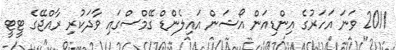
2011 ވަނަ އަހަރުގެ އިންޑިއަން އޯޝަން އައިލެންޑް ގޭމްސްގައި ވާދަކުރި ރާއްޖޭގެ ޓީޓީ